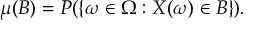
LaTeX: \mu ( B ) = P ( \{ \omega \in \Omega : X ( \omega ) \in B \} ) .